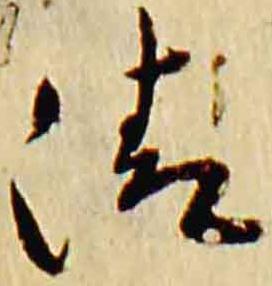
清